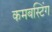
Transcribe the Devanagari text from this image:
कमबस्टिंग